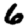
Digit: 6